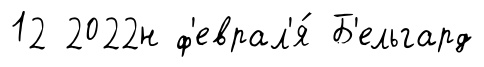
12 2022н ф'еврал'я́ Б'ельгард